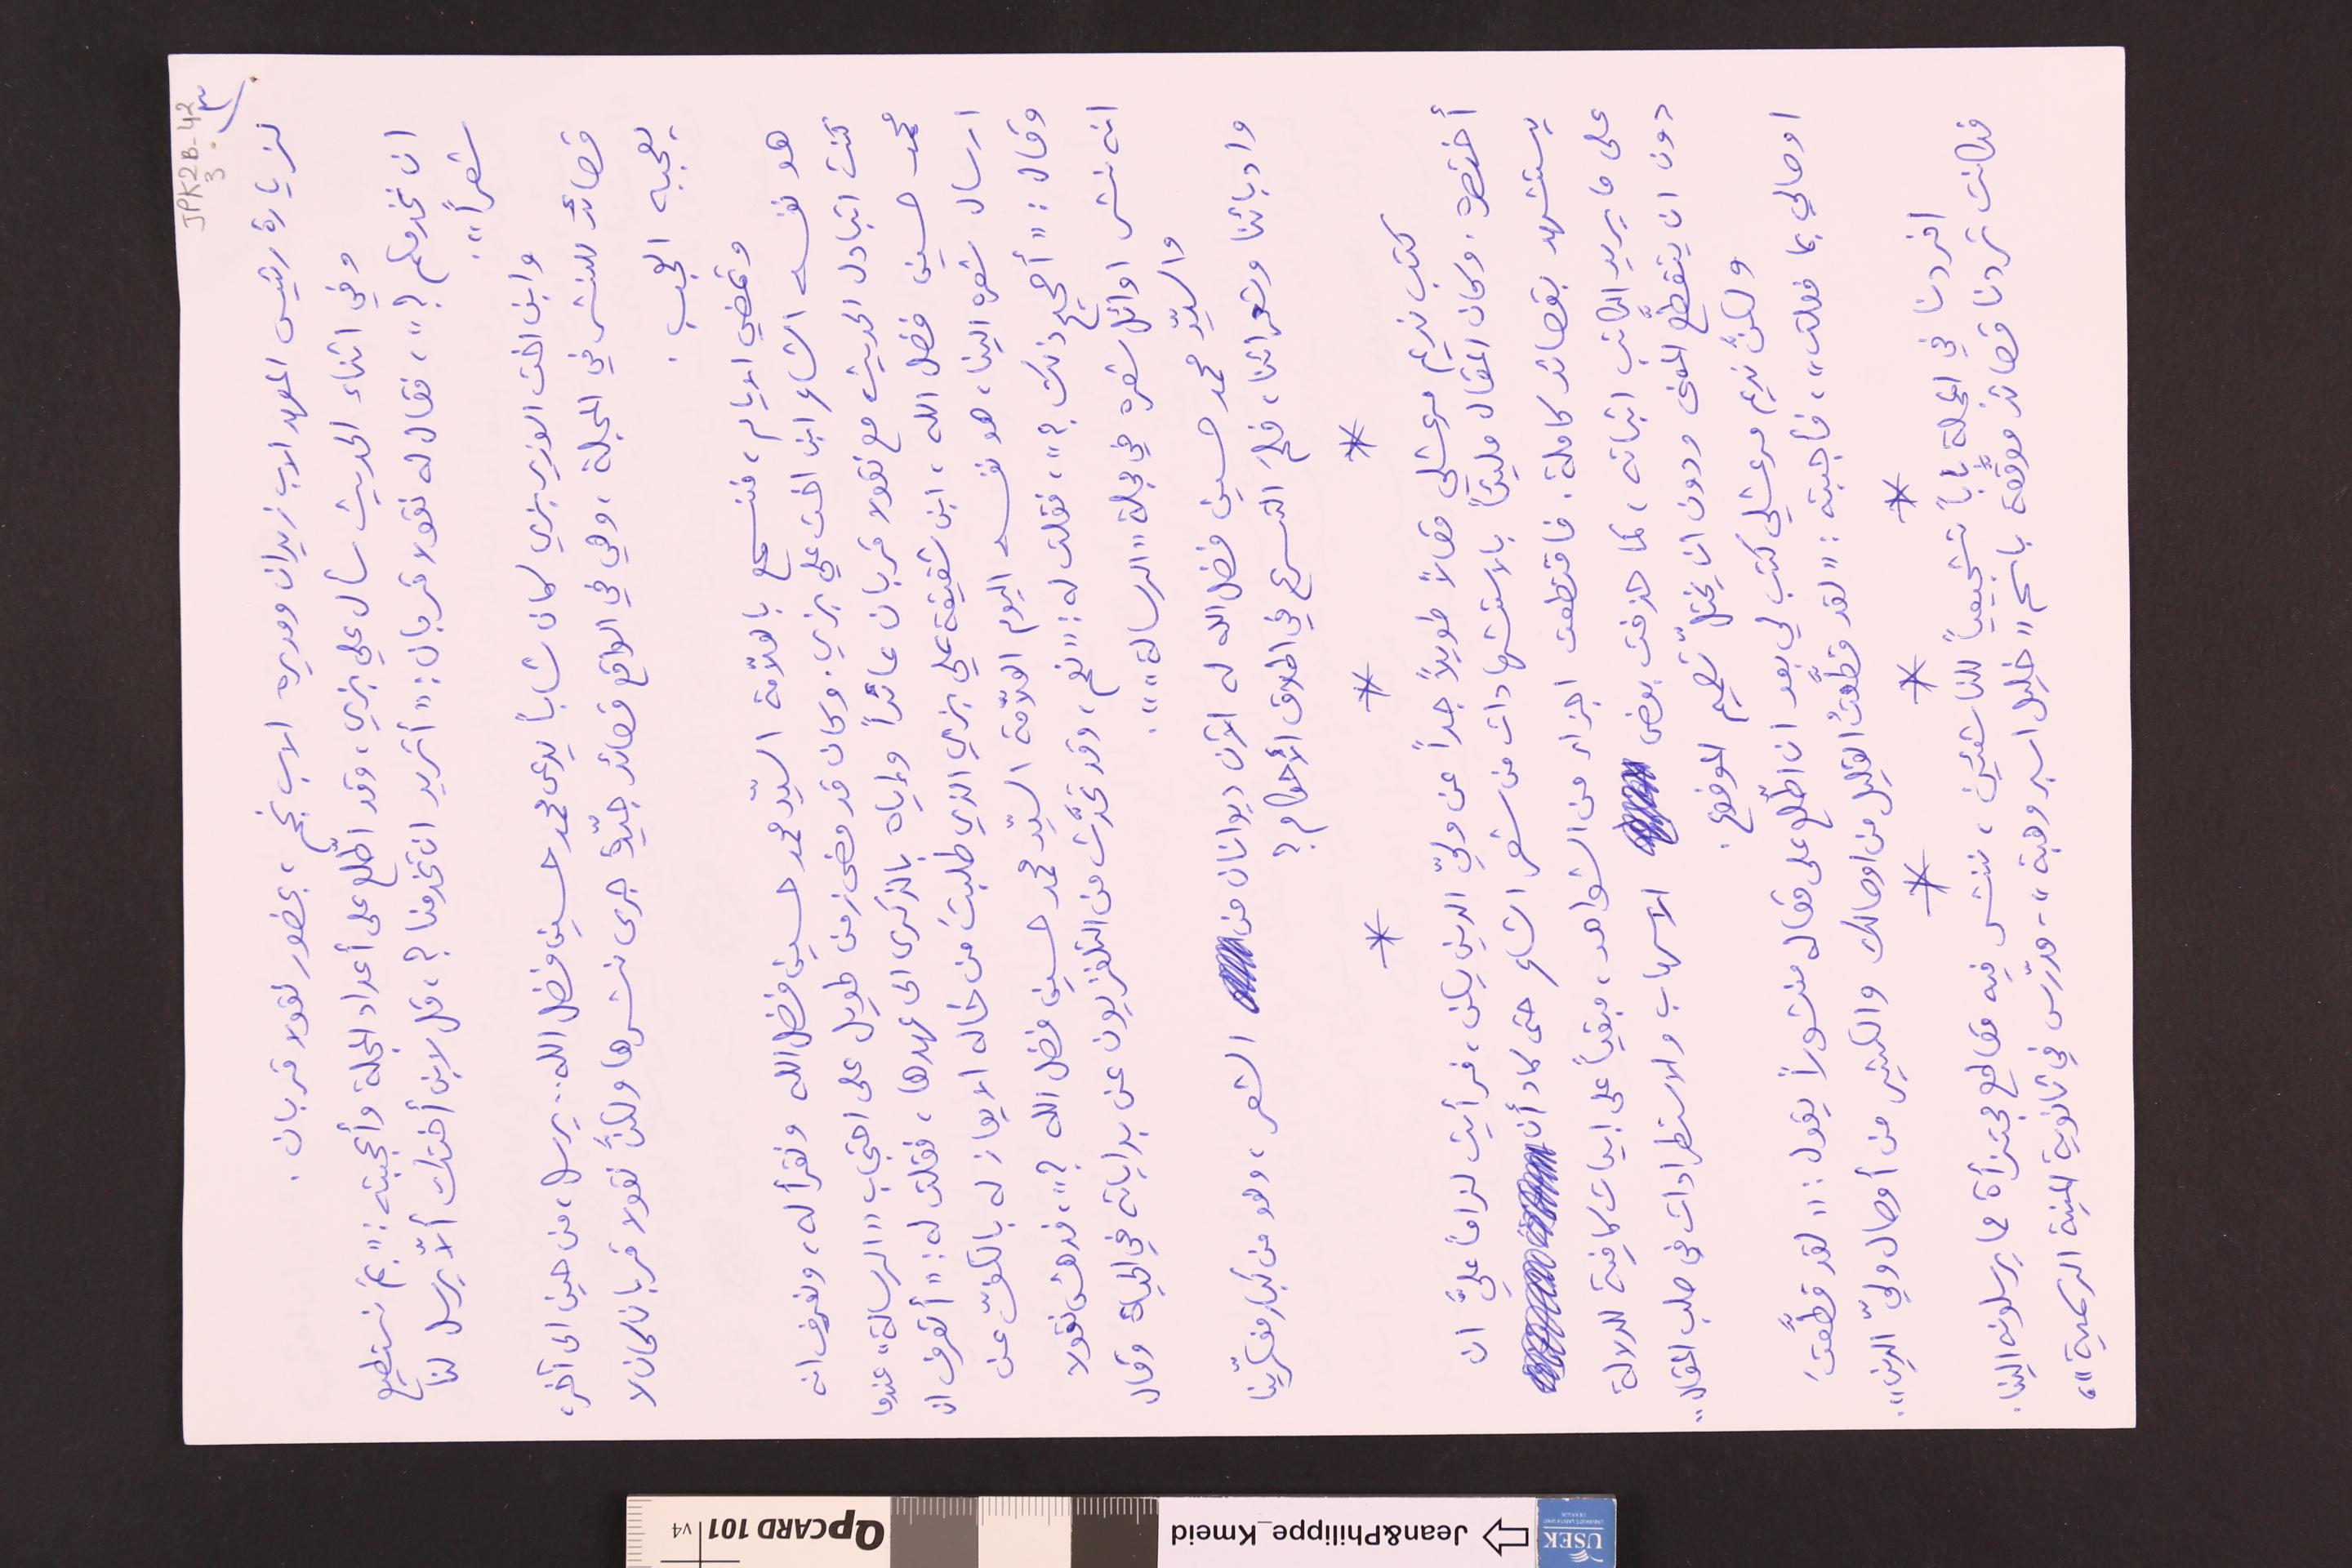
JPK2B-42 	3	٣)
لزيارة رئيس المعهد الاب زيدان ومديره الاب نجم، بحضور نقولا قربان.
وفي اثناء الحديث سأل علي بزي، وقد اطّلع على أعداد المجلة وأعجبته: "بمَ نستطيع
ان نخدمكم؟"، فقال له نقولا قربان: "أتريد ان تخدمنا؟، قل لابن أختك ألاّ يرسل لنا
شعراً".
وابن اخت الوزير بزي كان شاباً يدعى محمد حسين فضل الله .. يرسل، من حين الى آخر،
قصائد للنشر في المجلة، وهي في الواقع قصائد جيّدة جرى نشرها ولكنَّ نقولا قربان كان لا
يعجبه العجب.
وتمضي الايام، فنسمع بالعلاّمة السيّد محمد حسين فضل الله ونقرأ له، ونعرف انه
هو نفسه الشاعر ابن اخت علي بزي. وكان قد مضى زمن طويل على احتجاب "الرسالة" عندما
كنت اتبادل الحديث مع نقولا قربان عائداً وإياه بالذكرى الى عهدها، فقلت له: "أتعرف ان
محمد حسين فضل الله، ابن شقيقة علي بزي الذي طلبتَ من خاله الايعاز له بالكفّ عن
ارسال شعره الينا، هو نفسه اليوم العلاّمة السيّد محمد حسين فضل الله ؟"، فدهش نقولا
وقال : "أصحيح ذلك؟"، فقلت له : "نعم، وقد تحدَّث من التلفزيون عن بداياته في الحياة وقال
انه نشر اوائل شعره في مجلة "الرسالة"".
والسيّد محمد حسين فضل الله له الآن ديوانان من الشعر، وهو من كبار مفكّرينا
وادبائنا وشعرائنا، فلمَ التسرع في اطلاق الأحكام؟
*		*		*
كتب نديم مرعشلي مقالاً طويلاً جداً عن وليّ الدين يكن، فرأيت لزاماً عليَّ ان
أختصره وكان المقال مليئاً بالاستشهادات من شعر الشاعر حتى كاد أن
يستشهد بقصائد كاملة. فاقتطعت اجزاء من الشواهد، مبقياً على ابيات كافية الدلالة
على ما يريد الكاتب اثباته، كما حذفت بعض الاسهاب والاستطرادات في صلب المقال ..
دون ان يتقطَّع المعنى ودون ان يختلّ تصميم الموضوع.
ولكنَّ نديم مرعشلي كتب لي بعد ان اطّلع على مقاله منشوراً يقول : " لقد قطَّعتَ
اوصالي بما فعلت"، فأجبته : "لقد قطَّعتُ القليل من اوصالك والكثير من أوصال وليّ الدين".
*		*		*
افردنا في المجلة باباً تشجيعياً للناشئين، ننشر فيه مقاطع مجتزأة مما يرسلونه الينا.
فكانت تردنا قصائد موقَّعة باسم "خليل اسبر وهبة". مدرّس في ثانوية المنية الرسمية"،